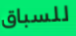
للسباق